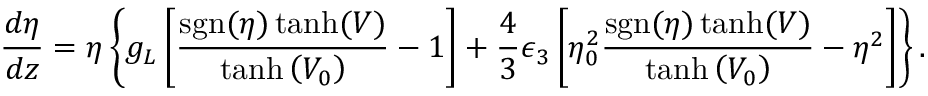
\frac { d \eta } { d z } = \eta \left\lbrace g _ { L } \left[ \frac { \mathrm { s g n } ( \eta ) \operatorname { t a n h } ( V ) } { \operatorname { t a n h } \left( V _ { 0 } \right) } - 1 \right] + \frac { 4 } { 3 } \epsilon _ { 3 } \left[ \eta _ { 0 } ^ { 2 } \frac { \mathrm { s g n } ( \eta ) \operatorname { t a n h } ( V ) } { \operatorname { t a n h } \left( V _ { 0 } \right) } - \eta ^ { 2 } \right] \right\rbrace .